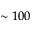
\sim 1 0 0